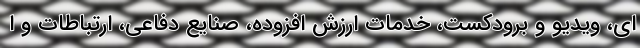
ای، ویدیو و برودکست، خدمات ارزش افزوده، صنایع دفاعی، ارتباطات و ا